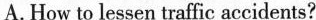
A. How to lessen traffic accidents?